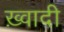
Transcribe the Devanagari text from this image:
ख़्वादी